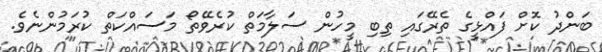
ބަންދު ކޮށް ފައްޅީގެ ތެރޭގައި ތިބި މީހުން ސަލާމަތް ކުރެވޭތޯ މަސައްކަތް ކުރަމުންނެވެ.